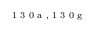
^ \textrm { \scriptsize 1 3 0 a , 1 3 0 g }